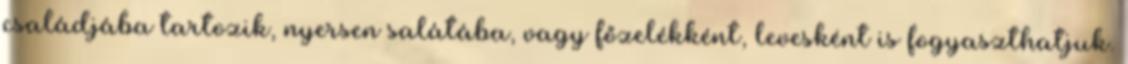
családjába tartozik, nyersen salátába, vagy főzelékként, levesként is fogyaszthatjuk.